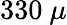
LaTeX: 330~\mu